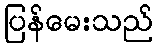
ပြန်မေးသည်